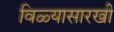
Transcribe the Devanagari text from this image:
विळ्यासारखी